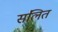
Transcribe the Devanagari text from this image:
संलित